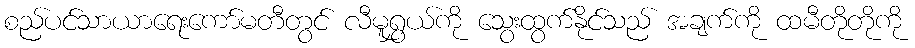
စည်ပင်သာယာရေးကော်မတီတွင် လီမူရွှယ်ကို သွေးထွက်နိုင်သည် အချက်ကို ထမီတိုတိုကို